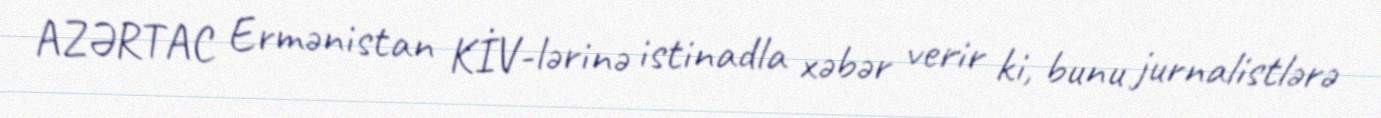
AZƏRTAC Ermənistan KİV-lərinə istinadla xəbər verir ki, bunu jurnalistlərə